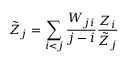
\tilde { Z } _ { j } = \sum _ { i < j } \frac { W _ { j i } } { j - i } \frac { Z _ { i } } { \tilde { Z } _ { j } }